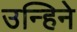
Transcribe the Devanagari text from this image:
उन्हिने